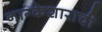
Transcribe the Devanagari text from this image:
नाग्केशाराची